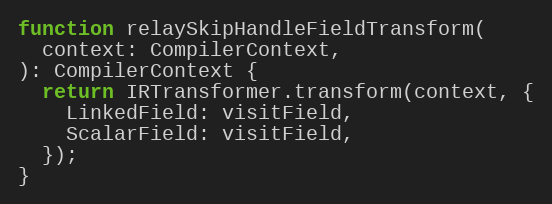
Language: JavaScript
function relaySkipHandleFieldTransform(
  context: CompilerContext,
): CompilerContext {
  return IRTransformer.transform(context, {
    LinkedField: visitField,
    ScalarField: visitField,
  });
}